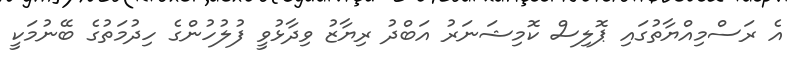
އެ ރަސްމިއްޔާތުގައި ޕޮލިސް ކޮމިޝަނަރު އަބްދު ރިޔާޒު ވިދާޅުވީ ފުލުހުންގެ ހިދުމަތުގެ ބޭނުމަކީ